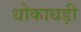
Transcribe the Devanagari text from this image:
धोकाधड़ी